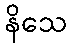
နိသေ